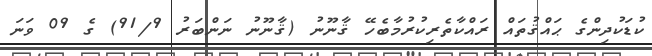
ކުޑަކުދިންގެ ޙައްޤުތައް ރައްކާތެރިކުރުމާބެހޭ ޤާނޫނު (ޤާނޫނު ނަންބަރު 91/9) ގެ 09 ވަނަ